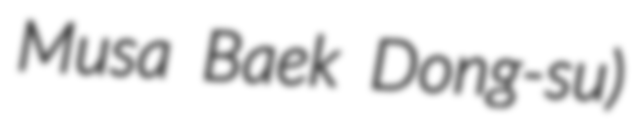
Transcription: Musa Baek Dong-su)